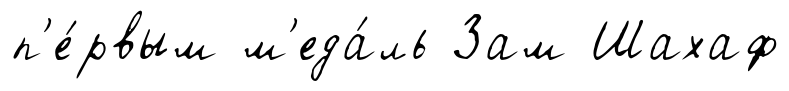
п'е́рвым м'еда́ль Зам Шахаф